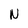
Character: N